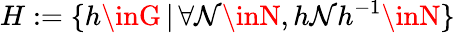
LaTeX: H:=\{ h\inG\, |\, \forall\mathcal{N}\inN,h\mathcal{N}h^{-1}\inN\}